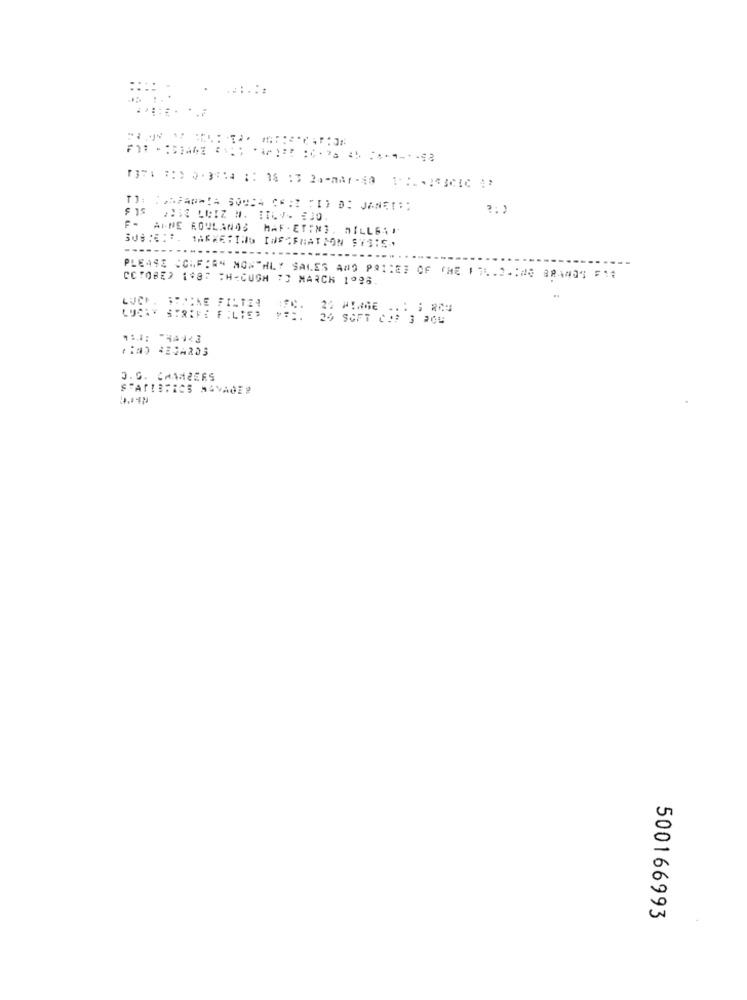
. ......
7371 71) 2-3734 ;: 36 17 24-787-49 1:1-3000 4'
$ 15
PUES LUIZ M. : 16V- 230.
F- ALNE ROWLANDS MAF . ETIN3.
PLEASE CONFIRM MONTHLY SALES AND PRICES OF THE 1 7.2 .: 28 GRANDS FAN
CCTOBED 1#87 TH<CUGM 73 MARCH 1996.
LUCH. SPACKE FILTER
LUCAY STRIFE FILTER P =:.
24 SOFT COP 3 204
3.G. CHAMZERS
STATISTICS MANAGE
500166993